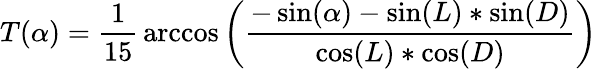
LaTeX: T(\alpha)={\frac{1}{15}}\operatorname{arccos}\left({\frac{-\sin(\alpha)-\sin(L)*\sin(D)}{\cos(L)*\cos(D)}}\right)